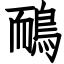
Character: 鴯